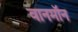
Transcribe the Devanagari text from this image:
वानमॉन